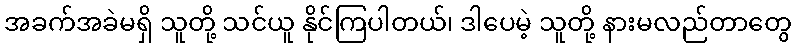
အခက်အခဲမရှိ သူတို့ သင်ယူ နိုင်ကြပါတယ်၊ ဒါပေမဲ့ သူတို့ နားမလည်တာတွေ